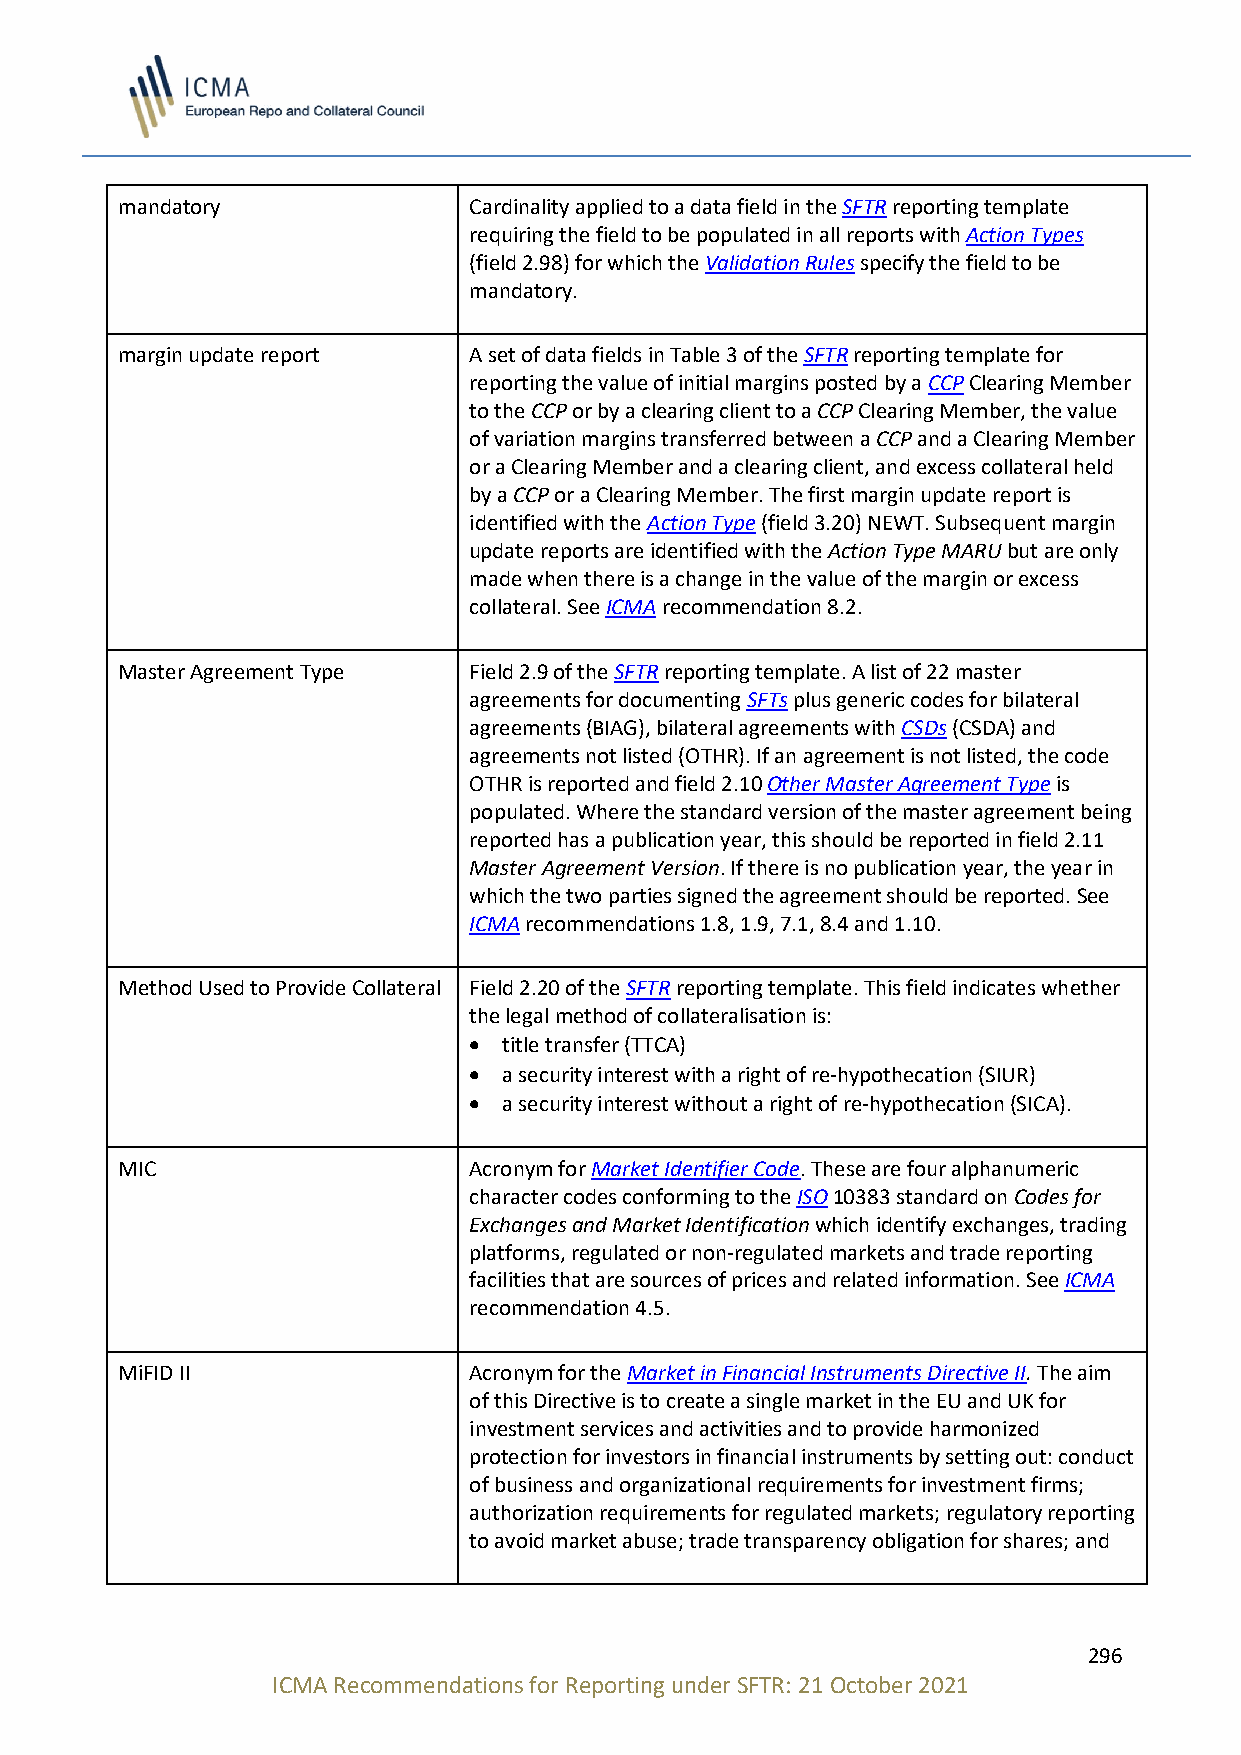
mandatory              Cardinality applied to a data field in the SFTR reporting template
 requiring the field to be populated in all reports with Action Types
 (field 2.98) for which the Validation Rules specify the field to be
 mandatory.
 margin update report   A set of data fields in Table 3 of the SFTR reporting template for
 reporting the value of initial margins posted by a CCP Clearing Member
 to the CCP or by a clearing client to a CCP Clearing Member, the value
 of variation margins transferred between a CCP and a Clearing Member
 or a Clearing Member and a clearing client, and excess collateral held
 by a CCP or a Clearing Member. The first margin update report is
 identified with the Action Type (field 3.20) NEWT. Subsequent margin
 update reports are identified with the Action Type MARU but are only
 made when there is a change in the value of the margin or excess
 collateral. See ICMA recommendation 8.2.
 Master Agreement Type  Field 2.9 of the SFTR reporting template. A list of 22 master
 agreements for documenting SFTs plus generic codes for bilateral
 agreements (BIAG), bilateral agreements with CSDs (CSDA) and
 agreements not listed (OTHR). If an agreement is not listed, the code
 OTHR is reported and field 2.10 Other Master Agreement Type is
 populated. Where the standard version of the master agreement being
 reported has a publication year, this should be reported in field 2.11
 Master Agreement Version. If there is no publication year, the year in
 which the two parties signed the agreement should be reported. See
 ICMA recommendations 1.8, 1.9, 7.1, 8.4 and 1.10.
 Method Used to Provide Collateral Field 2.20 of the SFTR reporting template. This field indicates whether
 the legal method of collateralisation is:
 • title transfer (TTCA)
 • a security interest with a right of re-hypothecation (SIUR)
 • a security interest without a right of re-hypothecation (SICA).
 MIC                    Acronym for Market Identifier Code. These are four alphanumeric
 character codes conforming to the ISO 10383 standard on Codes for
 Exchanges and Market Identification which identify exchanges, trading
 platforms, regulated or non-regulated markets and trade reporting
 facilities that are sources of prices and related information. See ICMA
 recommendation 4.5.
 MiFID II               Acronym for the Market in Financial Instruments Directive II. The aim
 of this Directive is to create a single market in the EU and UK for
 investment services and activities and to provide harmonized
 protection for investors in financial instruments by setting out: conduct
 of business and organizational requirements for investment firms;
 authorization requirements for regulated markets; regulatory reporting
 to avoid market abuse; trade transparency obligation for shares; and
 296
 ICMA Recommendations for Reporting under SFTR: 21 October 2021